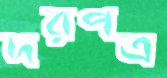
দরপত্র